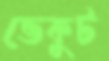
ভেকুট